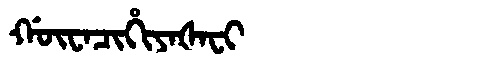
Manchu: ᡤᡡᠸᠠᠴᡳᡥᡳᠶᠠᡧᠠᠸᡳ
Romanization: GŪWACIHIYAŠAFI